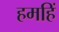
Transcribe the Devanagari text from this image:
हमहिं